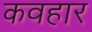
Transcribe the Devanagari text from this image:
कवहार